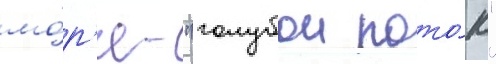
мо́р'я - "голубои пото́к"